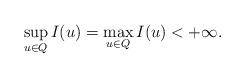
LaTeX: \begin{align*}\sup_{u\in Q}I(u) = \max_{u \in Q}I(u)<+\infty.\end{align*}